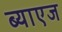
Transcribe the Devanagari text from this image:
ब्याएज